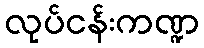
လုပ်ငန်းကဏ္ဍ